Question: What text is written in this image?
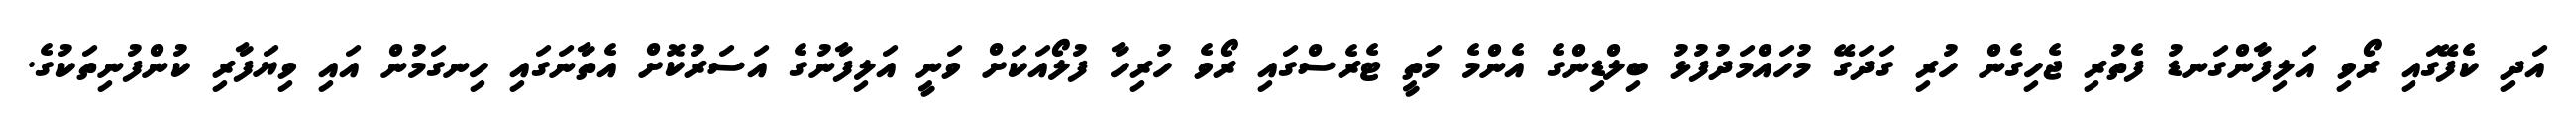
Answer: އަދި ކެފޭގައި ރޯވި އަލިފާންގަނޑު ފެތުރި ޖެހިގެން ހުރި ގަދަގޭ މުހައްމަދުފުޅު ބިލްޑިންގެ އެންމެ މަތީ ޓެރެސްގައި ރޯވެ ހުރިހާ ފުލޯއަކަށް ވަނީ އަލިފާނުގެ އަސަރުކޮށް އެތާނަގައި ހިނގަމުން އައި ވިޔަފާރި ކުންފުނިތަކުގެ.